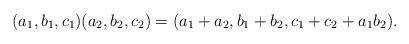
LaTeX: \begin{align*} (a_1,b_1,c_1)(a_2,b_2,c_2)= (a_1 + a_2, b_1 +b _2, c_1+ c_2 + a_1b_2) \mbox{.}\end{align*}